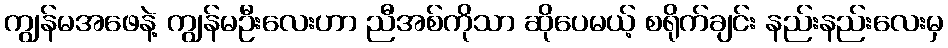
ကျွန်မအဖေနဲ့ ကျွန်မဦးလေးဟာ ညီအစ်ကိုသာ ဆိုပေမယ့် စရိုက်ချင်း နည်းနည်းလေးမှ